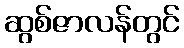
ဆွစ်ဇာလန်တွင်